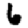
Digit: 6